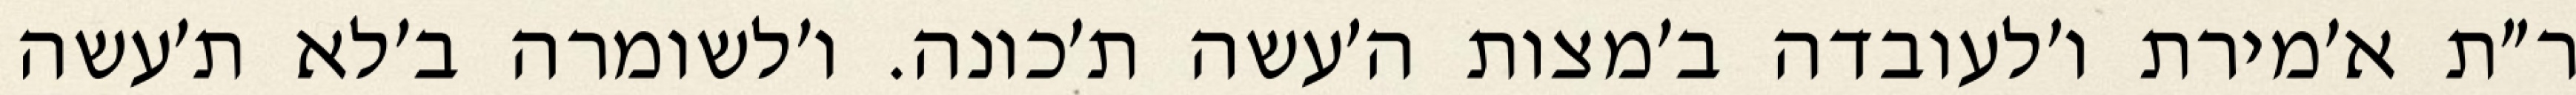
ר״ת א׳מירת ו׳לעובדה ב׳מצות ה׳עשה ת׳כונה. ו׳לשומרה ב׳לא ת׳עשה